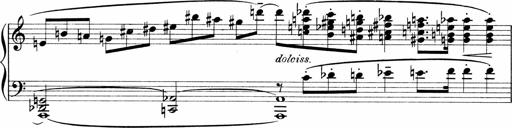
Title: Sonatina No.1
Composer: Otto Stoll
Key: C major